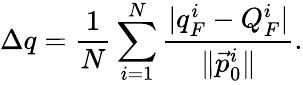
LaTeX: \Delta q=\frac{1}{N}\sum_{i=1}^{N}\frac{\lvert q_{F}^{i}-Q_{F}^{i}\rvert}{\lVert\vec{p}_{0}^{i}\rVert}.